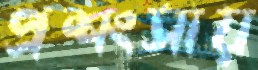
প্রশংসায়